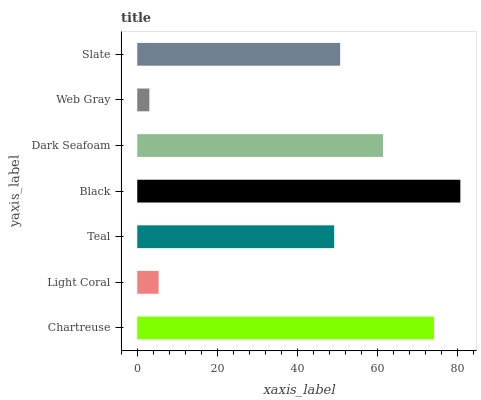
| yaxis_label | bars |
 | --- | --- |
 | Chartreuse | 74.2 |
 | Light Coral | 5.35 |
 | Teal | 49.2 |
 | Black | 80.8 |
 | Dark Seafoam | 61.5 |
 | Web Gray | 3.03 |
 | Slate | 50.7 |